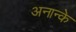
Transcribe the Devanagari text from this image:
अनान्के